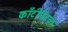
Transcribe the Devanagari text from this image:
काँटीनेंटल